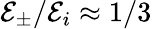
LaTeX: \mathcal{E}_{\pm}/\mathcal{E}_{i}\approx 1/3